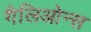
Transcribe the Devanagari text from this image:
गैलिओन्स